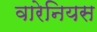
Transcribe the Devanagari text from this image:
वारेनियस